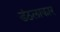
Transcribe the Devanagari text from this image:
डंठलाकार